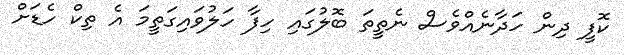
ކޮފީ ދިން ހަދާނެއްވެސް ނެތީތަ ބޮލުގައި ހިފާ ހަލުވައިގަތީމަ އެ ތިކް ހެޑަށް